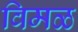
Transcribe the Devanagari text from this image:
विमळ